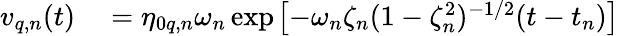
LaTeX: \begin{array}{rl}{v_{q,n}(t)}&{{}=\eta_{0q,n}\omega_{n}\exp\! \; \! \left[{-\omega_{n}\zeta_{n}(1-\zeta_{n}^{2})^{-1/2}(t-t_{n})}\right]}\end{array}